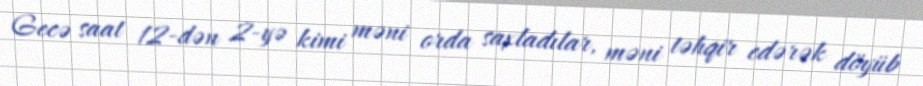
Gecə saat 12-dən 2-yə kimi məni orda saxladılar, məni təhqir edərək döyüb